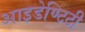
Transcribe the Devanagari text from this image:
आइडेण्टिटी